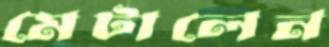
মেটালেন